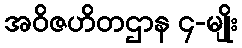
အဝိဇဟိတဌာန ၄-မျိုး